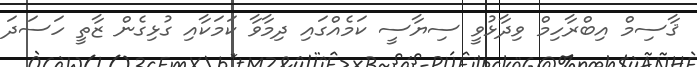
ޤާސިމް އިބްރާހިމް ވިދާޅުވީ ސިޔާސީ ކަމެއްގައި ދިމާވާ ކަމަކާއި ގުޅިގެން ޒާތީ ހަސަދަ